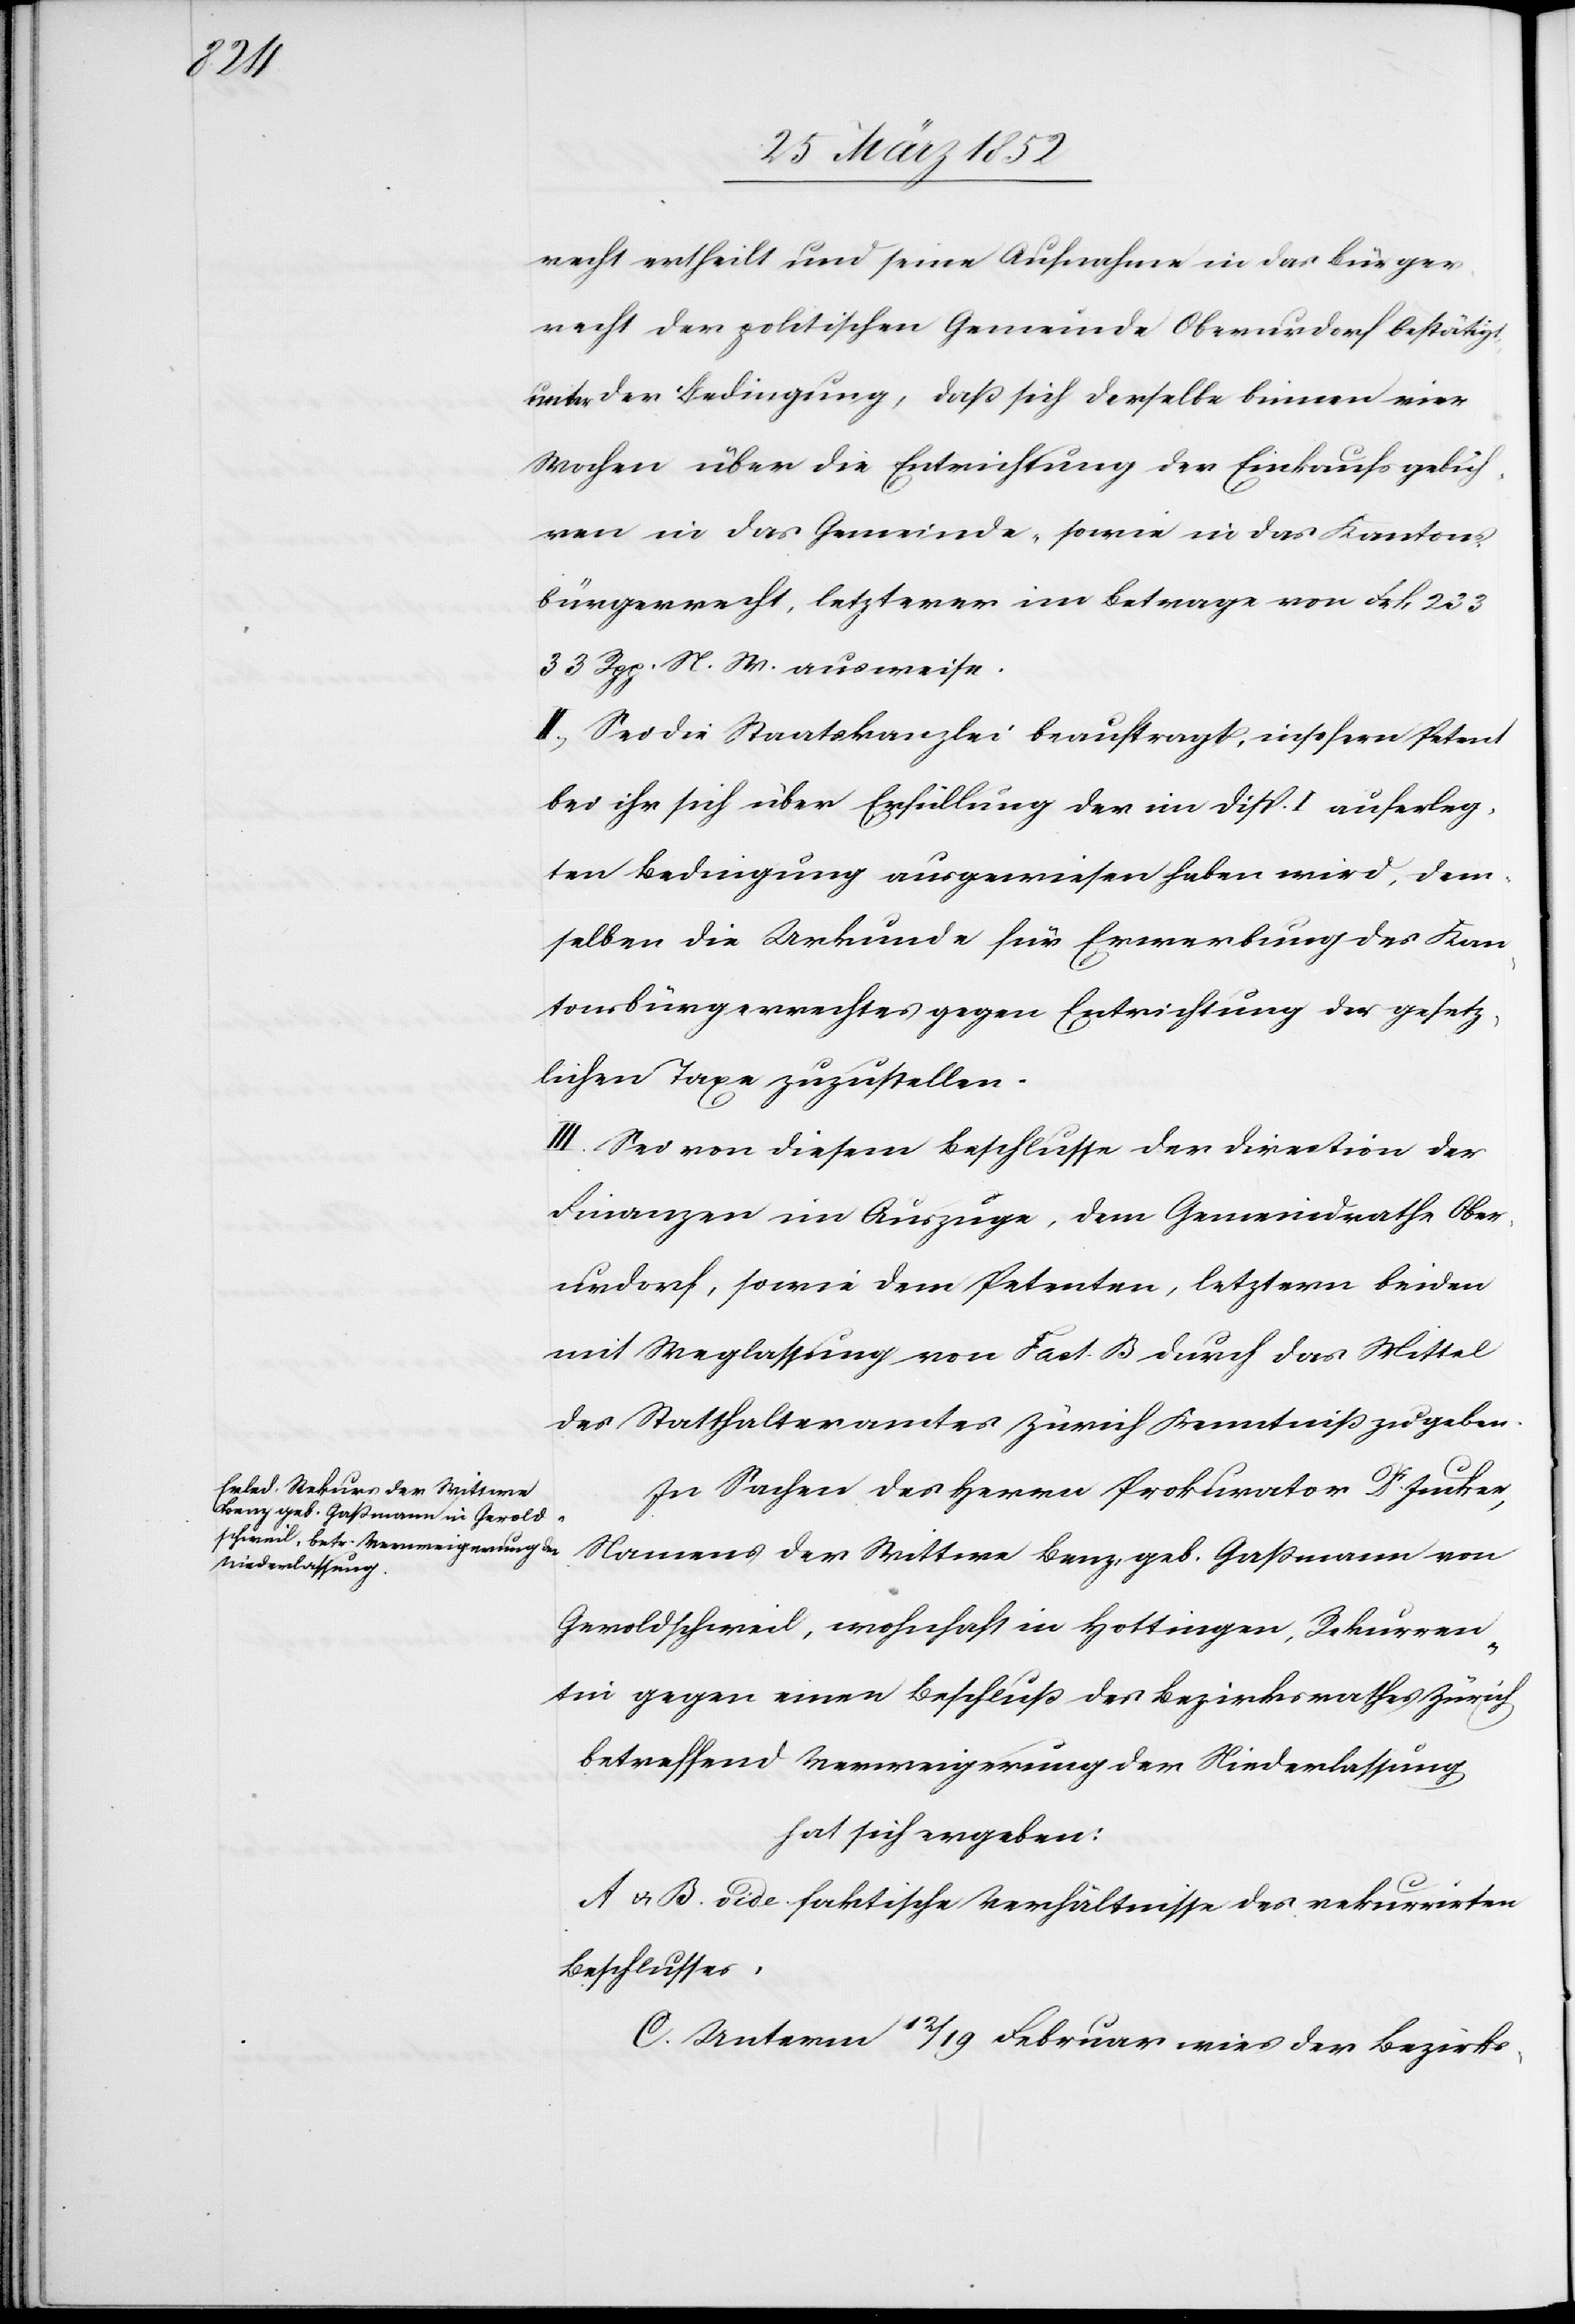
recht ertheilt und seine Aufnahme in das Bürger¬
recht der politischen Gemeinde Oberurdorf bestätigt,
unter der Bedingung, daß sich derselbe binnen vier
Wochen über die Entrichtung der Einkaufsgebüh¬
ren in das Gemeinde- sowie in das Kantons¬
bürgerrecht, letzterer im Betrage von Frk. 233
33 Rpp. N. W. ausweise.
II. Sei die Staatskanzlei beauftragt, insofern Petent
bei ihr sich über Erfüllung der in Disp. I auferleg¬
ten Bedingung ausgewiesen haben wird, dem¬
selben die Urkunde für Erwerbung des Kan¬
tonsbürgerrechtes gegen Entrichtung der gesetz¬
lichen Taxe zuzustellen.
III. Sei von diesem Beschlusse der Direction der
Finanzen im Auszuge, dem Gemeindrathe Ober¬
urdorf, sowie dem Petenten, letztern beiden
mit Weglassung von Fact. B durch das Mittel
des Statthalteramtes Zürich Kenntniß zu geben.
In Sachen des Herrn Prokurator Dr Jucker,
Namens der Wittwe Benz, geb. Gaßmann von
Geroldschweil, wohnhaft in Hottingen, Rekurren¬
ten gegen einen Beschluß des Bezirksrathes Zürich
betreffend Verweigerung der Niederlassung
hat sich ergeben:
A u. B. vide faktische Verhältnisse des rekurrirten
Beschlusses.
C. Unterm 12/19 Februar wies der Bezirks-